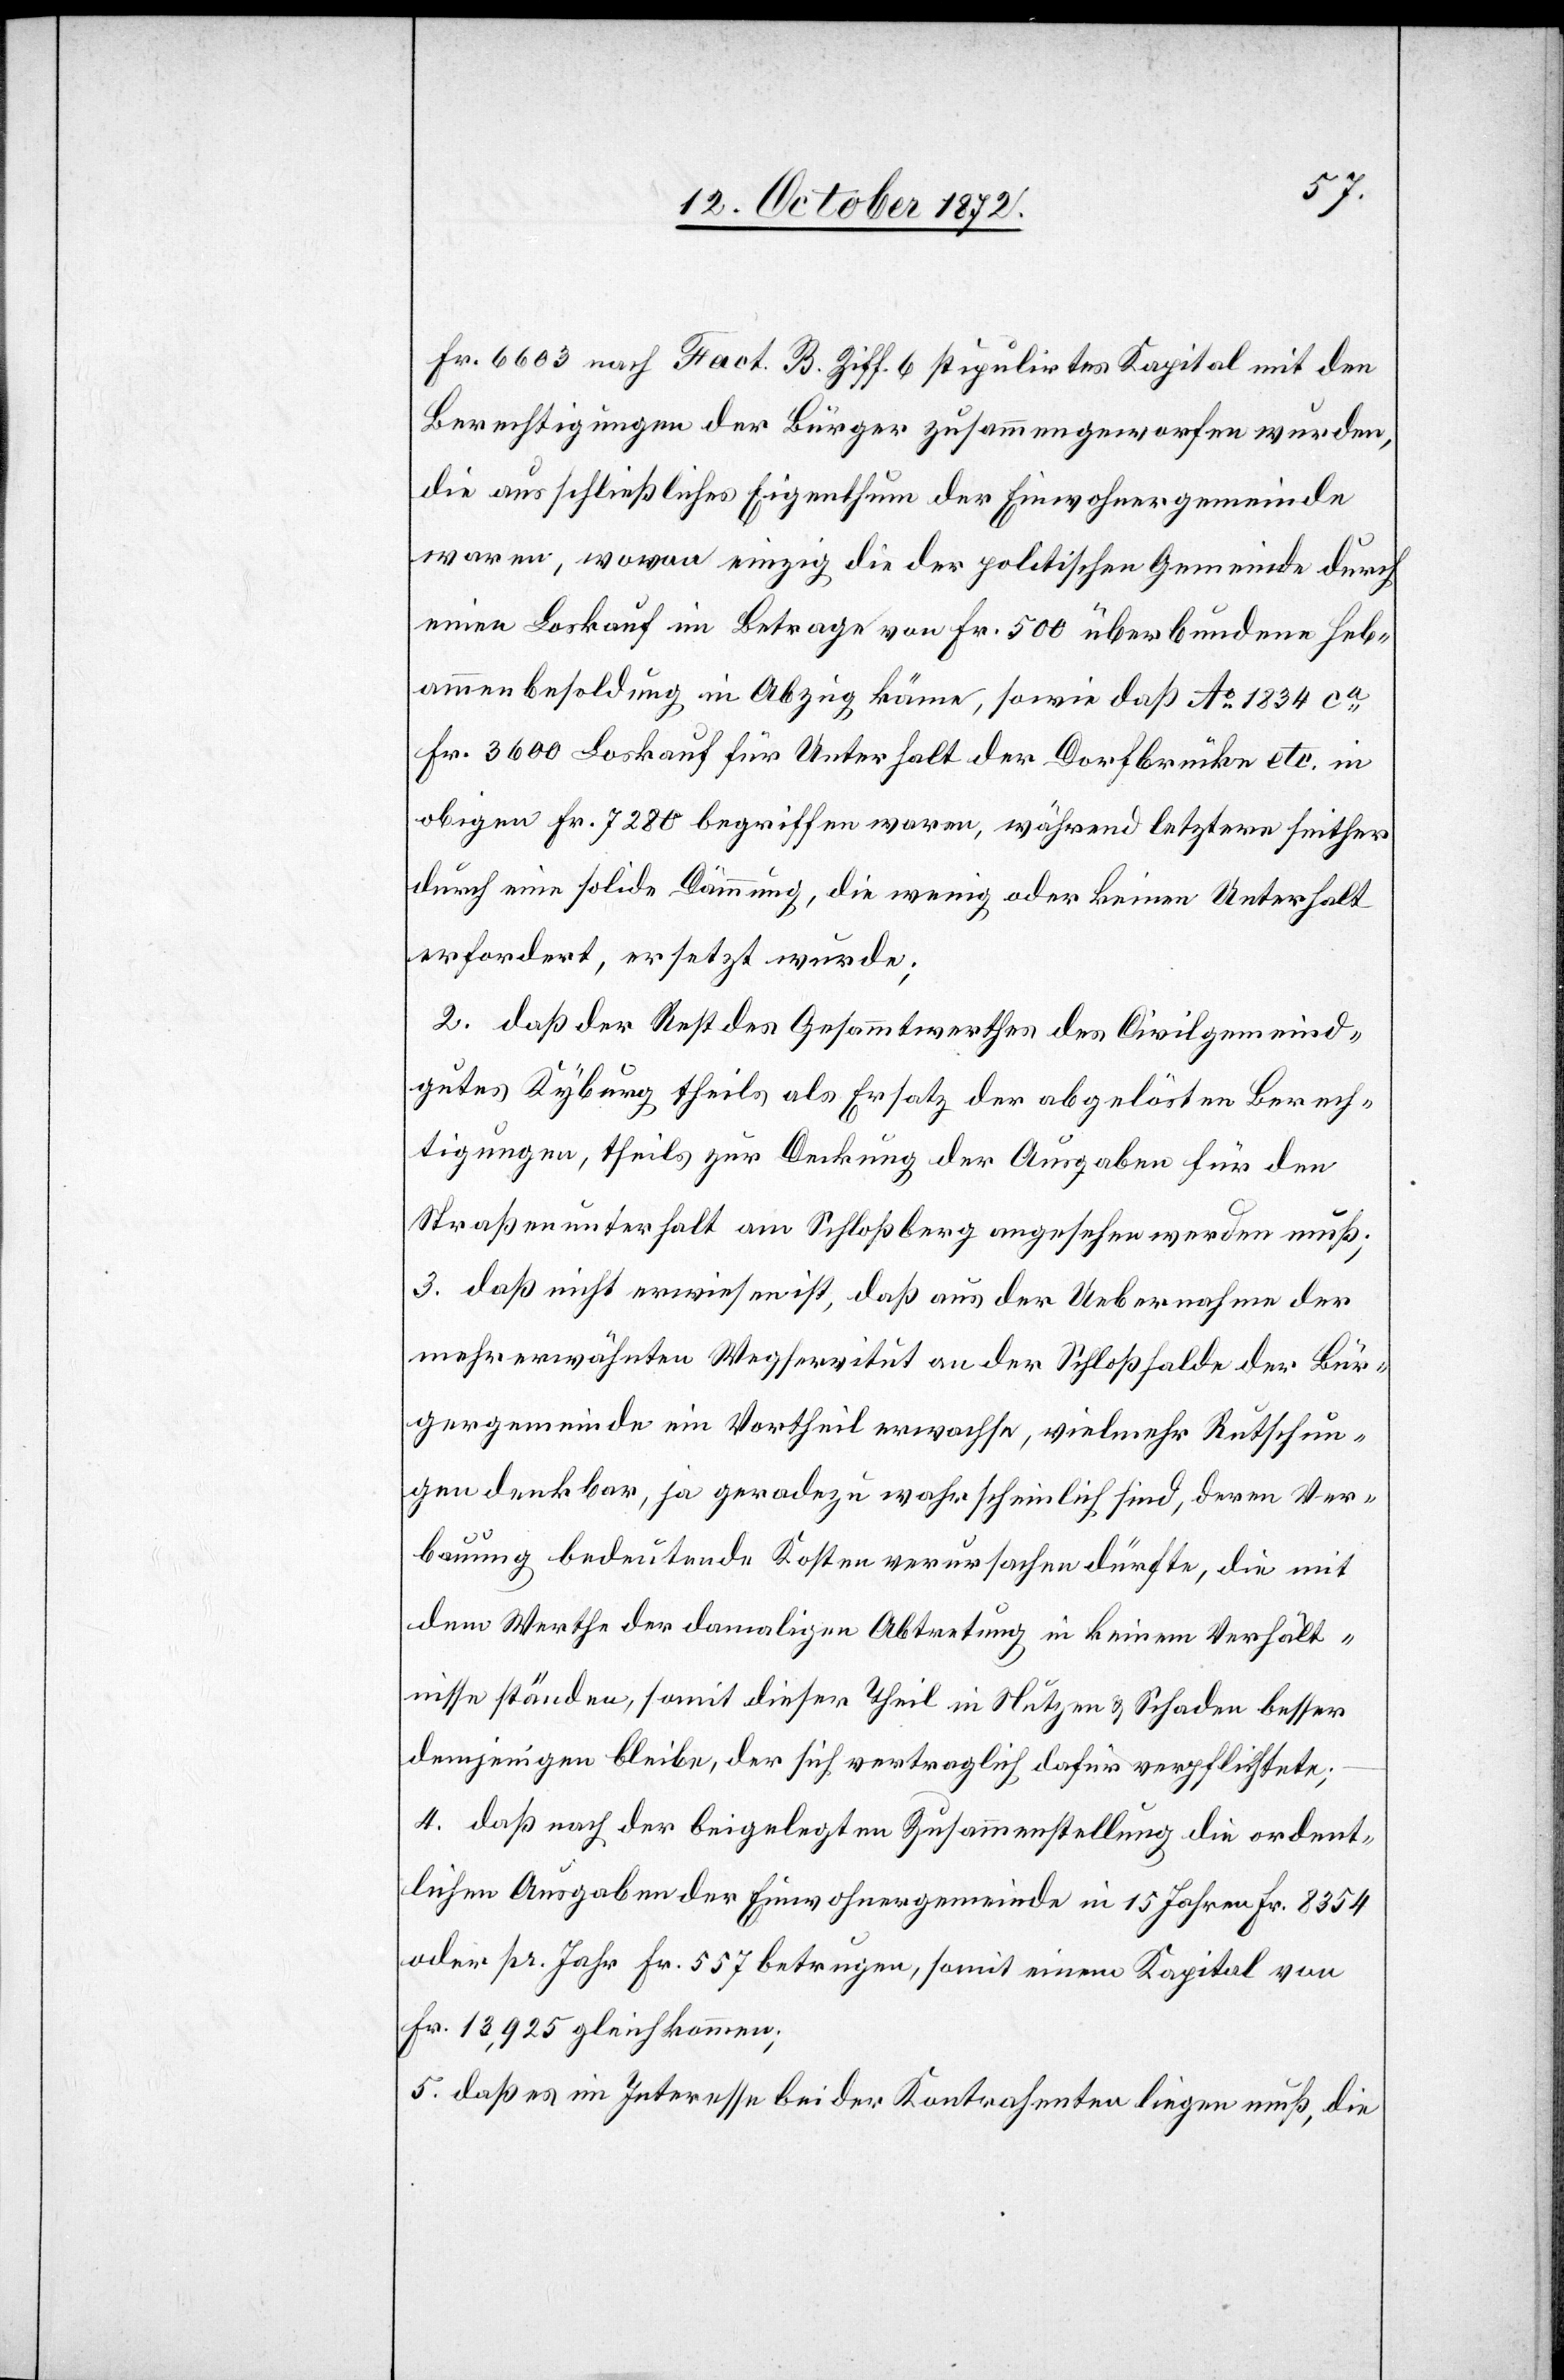
Fr. 6603 nach Fact. B Ziff. 6 stipulirtes Kapital mit den
Berechtigungen der Bürger zusammengeworfen wurden,
die ausschließliches Eigenthum der Einwohnergemeinde
waren, wovon einzig die der politischen Gemeinde durch
einen Loskauf im Betrage von Fr. 500 überbundene Heb¬
ammenbesoldung in Abzug käme, sowie daß Ao 1834 ca
Fr. 3600 Loskauf für Unterhalt der Dorfbrücke etc. in
obigen Fr. 7280 begriffen waren, während letztere seither
durch eine solide Dämmung, die wenig oder keinen Unterhalt
erfordert, ersetzt wurde;
2. daß der Rest des Gesammtwerthes des Civilgemeind¬
gutes Kyburg theils als Ersatz der abgelösten Berech¬
tigungen, theils zur Deckung der Ausgaben für den
Straßenunterhalt am Schloßberg angesehen werden muß.
3. daß nicht erwiesen ist, daß aus der Uebernahme der
mehrerwähnten Wegservitut an der Schloßhalde der Bür¬
gergemeinde ein Vortheil erwachse, vielmehr Rutschun¬
gen denkbar, ja geradezu wahrscheinlich sind, deren Ver¬
bauung bedeutende Kosten verursachen dürfte, die mit
dem Werthe der damaligen Abtretung in keinem Verhält¬
nisse ständen, somit dieser Theil in Nutzen u. Schaden besser
demjenigen bleibe, der sich vertraglich dafür verpflichtete;
4. daß nach der beigelegten Zusammenstellung die ordent¬
lichen Ausgaben der Einwohnergemeinde in 15 Jahren Fr. 8354
oder pr. Jahr Fr. 557 betrugen, somit einem Kapital von
Fr. 13,925 gleichkommen;
5. daß es im Interesse beider Kontrahenten liegen muß, die